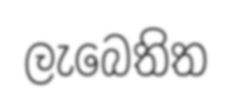
ලැබෙතිත